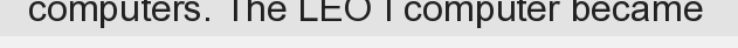
computers. The LEO I computer became